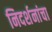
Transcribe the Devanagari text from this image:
निदर्शनांचा